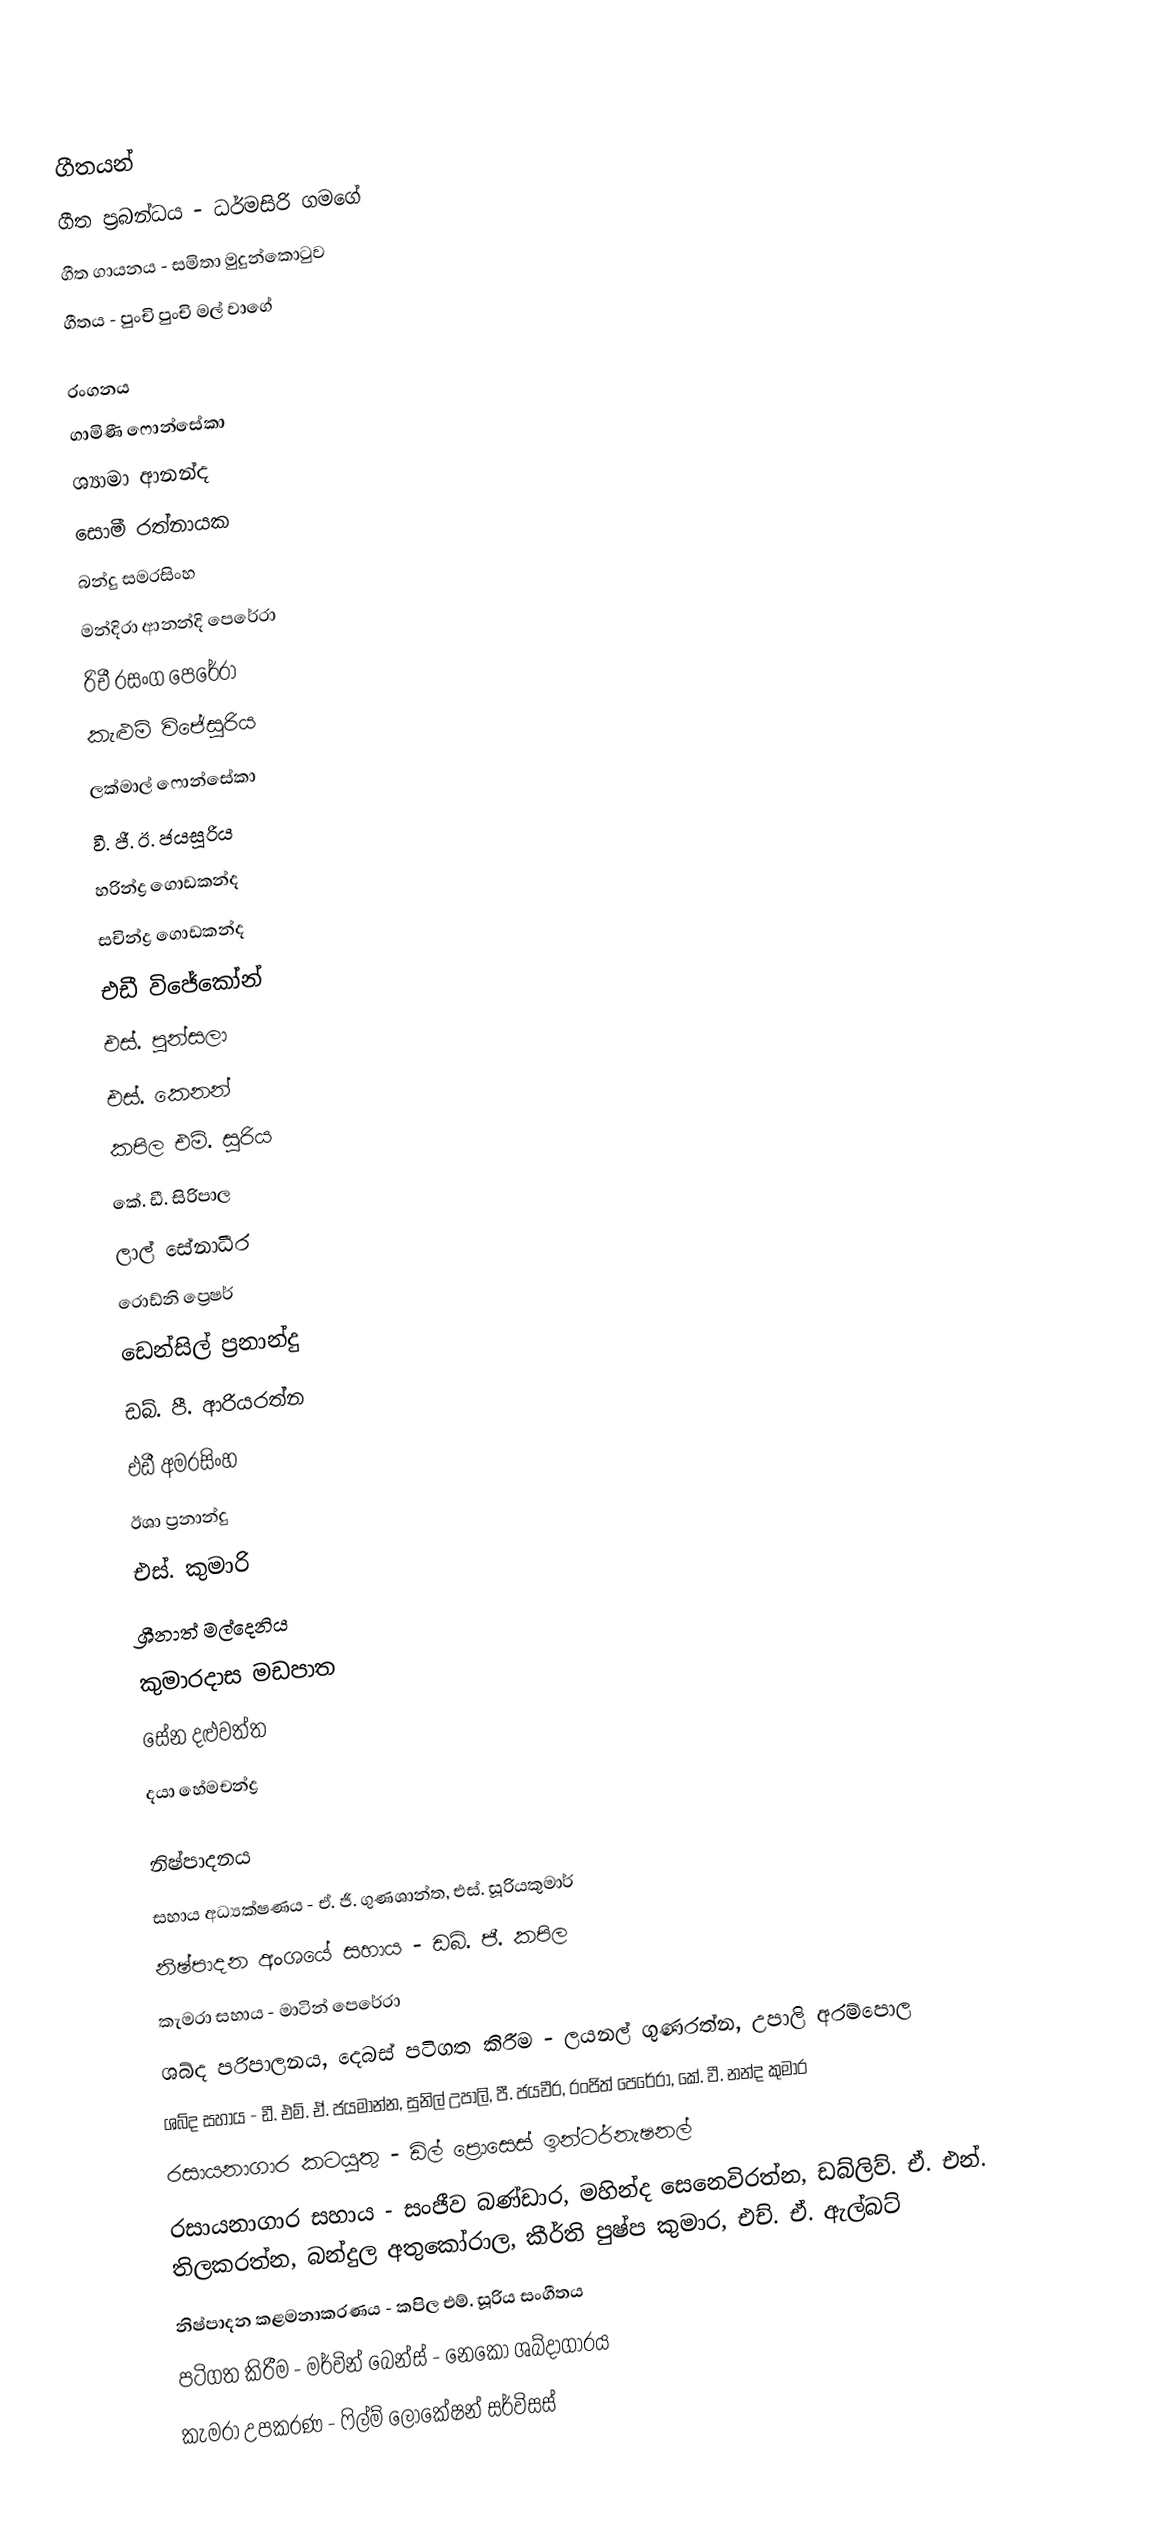

ගීතයන්
ගීත ප්‍රබන්ධය - ධර්මසිරි ගමගේ
ගීත ගායනය - සමිතා මුදුන්කොටුව
ගීතය - පුංචි පුංචි මල් වාගේ

රංගනය
ගාමිණී ෆොන්සේකා
ශ්‍යාමා ආනන්ද
සොමී රත්නායක
බන්දු සමරසිංහ
මන්දිරා ආනන්දි පෙරේරා
රිචී රසංග පෙරේරා
කැළුම් විජේසූරිය
ලක්මාල් ෆොන්සේකා
වී. ජී. ඊ. ජයසූරිය
හරින්ද්‍ර ගොඩකන්ද
සචින්ද්‍ර ගොඩකන්ද
එඩී විජේකෝන්
එස්. පුන්සලා
එස්. කෙනන්
කපිල එම්. සූරිය
කේ. ඩී. සිරිපාල
ලාල් සේනාධීර
රොඩ්නි ප්‍රෙෂර්
ඩෙන්සිල් ප්‍රනාන්දු
ඩබ්. පී. ආරියරත්න
එඩී අමරසිංහ
ඊශා ප්‍රනාන්දු
එස්. කුමාරි
ශ්‍රීනාත් මල්දෙනිය
කුමාරදාස මඩපාත
සේන දළුවත්ත
දයා හේමචන්ද්‍ර

නිෂ්පාදනය
සහාය අධ්‍යක්ෂණය - ඒ. ජී. ගුණශාන්ත, එස්. සූරියකුමාර්
නිෂ්පාදන අංශයේ සහාය - ඩබ්. ජී. කපිල
කැමරා සහාය - මාටින් පෙරේරා
ශබ්ද පරිපාලනය, දෙබස් පටිගත කිරීම - ලයනල් ගුණරත්න, උපාලි අරම්පොල
ශබ්ද සහාය - ඩී. එම්. ඒ. ජයමාන්න, සුනිල් උපාලි, පී. ජයවීර, රංජිත් පෙරේරා, කේ. වී. නන්ද කුමාර
රසායනාගාර කටයුතු - ඩිල් ප්‍රොසෙස් ඉන්ටර්නැෂනල්
රසායනාගාර සහාය - සංජීව බණ්ඩාර, මහින්ද සෙනෙවිරත්න, ඩබ්ලිව්. ඒ. එන්. තිලකරත්න, බන්දුල අතුකෝරාල, කීර්ති පුෂ්ප කුමාර, එච්. ඒ. ඇල්බට්
නිෂ්පාදන කළමනාකරණය - කපිල එම්. සූරිය සංගීතය
පටිගත කිරීම - මර්වින් බෙන්ස් - නෙකෝ ශබ්දාගාරය
කැමරා උපකරණ - ෆිල්ම් ලොකේෂන් සර්විසස්